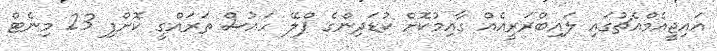
އައިޖީއެމްއެޗުގައި ލައިބްރަރީއެއް ގާއިމުކޮށް ކުޑަދިންގެ ޕްލޭ ހައުސް ތަރައްގީ ކޮށްފި 23 މިނެޓް